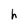
Character: h